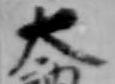
太